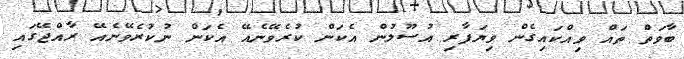
ބާވަތް ތައް ވިއްކައިގެން ވިޔަފާރި އުސޫލުން އެކަން ކުރެވޭނެއޭ އެކަން ނުކުރެވޭނެއޭ ރާއްޖޭގައި